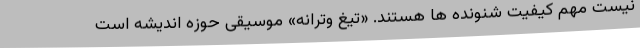
نیست مهم کیفیت شنونده ها هستند. «تیغ وترانه» موسیقی حوزه اندیشه است